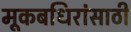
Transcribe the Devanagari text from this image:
मूकबधिरांसाठी